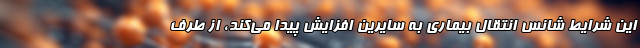
این شرایط شانس انتقال بیماری به سایرین افزایش پیدا می‌کند، از طرف